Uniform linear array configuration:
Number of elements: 24
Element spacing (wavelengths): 1
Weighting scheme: kaiser
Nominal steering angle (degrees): -60
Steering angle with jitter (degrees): -59.096
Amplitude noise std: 0.05
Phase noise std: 0.05

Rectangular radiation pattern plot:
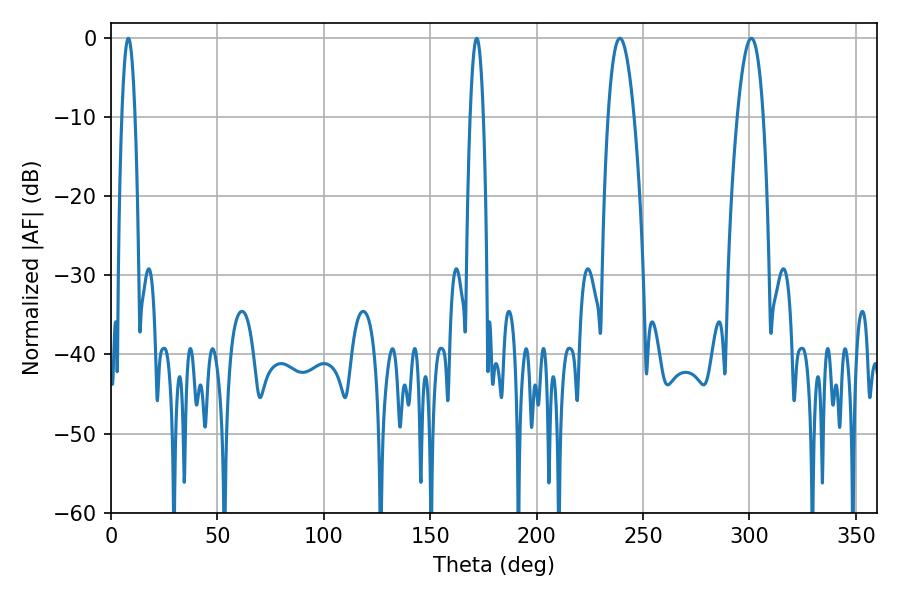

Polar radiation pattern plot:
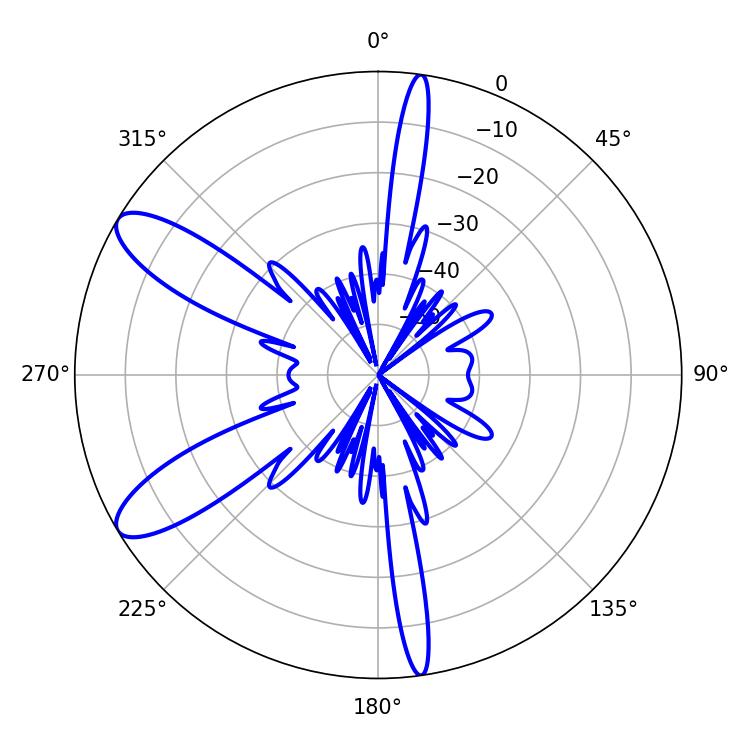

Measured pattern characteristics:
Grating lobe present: TRUE
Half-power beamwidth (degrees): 6.66
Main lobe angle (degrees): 300.96